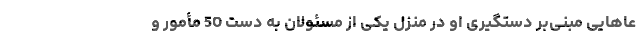
عاهایی مبنی‌بر دستگیری او در منزل یکی از مسئولان به دست 50 مأمور و